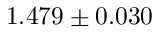
1 . 4 7 9 \pm 0 . 0 3 0